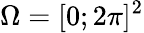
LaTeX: \Omega=[0;2\pi]^{2}